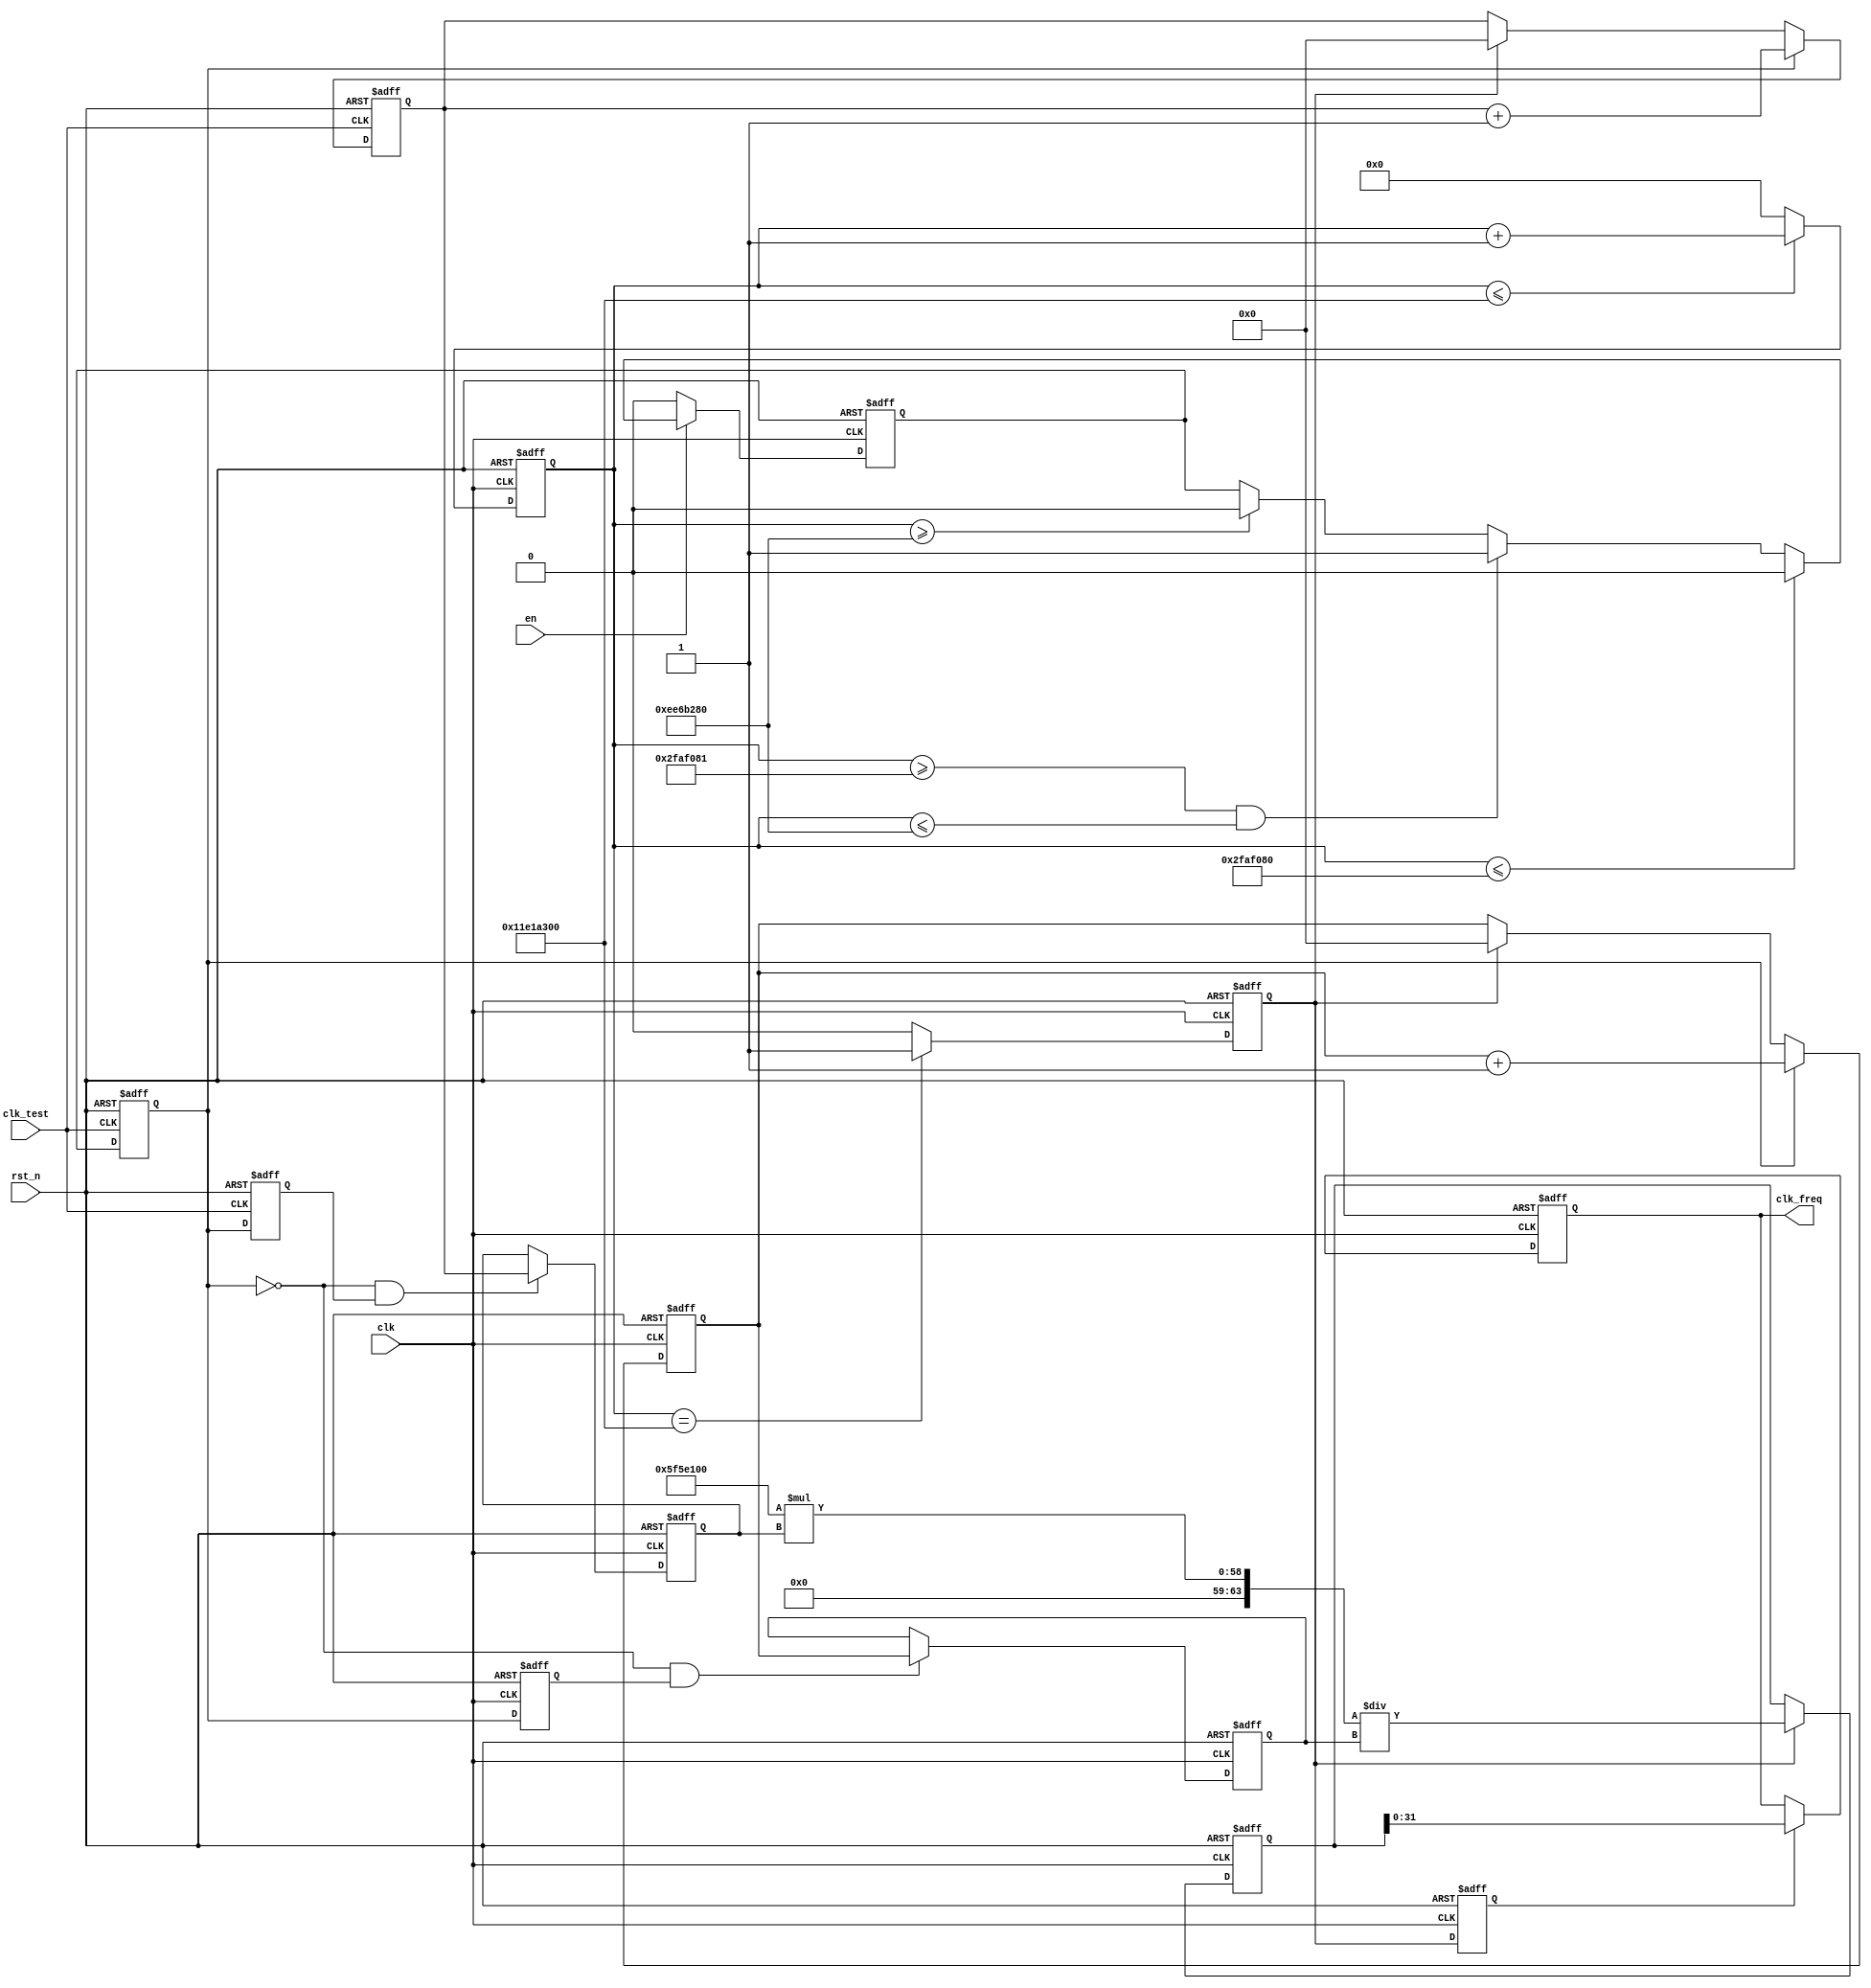
`timescale 1ns / 1ns

module freq_meter(
    input clk,              //200MHz~5ns
    input rst_n,
    input clk_test,
    input en,

    output reg [31:0] clk_freq
    );

    parameter CNT_025 = 29'd50_000_000;
    parameter CNT_1s  = 29'd250_000_000;
    parameter CNT_150 = 29'd300_000_000;

    parameter sys_clk_freq = 100_000_000;


    reg gate_s;                 //sys_clk;
    reg gate_a;                 //clk_test;
    reg [28:0] cnt_gate_s;      //29300_000_000

    reg [31:0] cnt_clk;         //clk
    reg [31:0] cnt_clk_test;    //clk_test

    reg gate_a_s;               //
    reg gate_a_t;               //
    wire negedge_s;             //
    wire negedge_t;             //

    reg [31:0] cnt_clk_reg;     //cnt_clkY
    reg [31:0] cnt_clk_test_reg;//cnt_clk_testX

    reg clac_flag;              //
    reg [63:0] freq_reg;        //

    reg freq_flag;
 

    //
    always @(posedge clk or negedge rst_n) begin
    if(!rst_n)
        cnt_gate_s <= 29'd0;
    else if(cnt_gate_s <= CNT_150)
        cnt_gate_s <= cnt_gate_s + 1'b1;
    else
        cnt_gate_s <= 29'd0;
        
    end
   
    //
    always @(posedge clk or negedge rst_n) begin
        if(!rst_n)
            gate_s <= 1'b0;
        else if (en == 1'b1) begin
            if(cnt_gate_s <=CNT_025)
                gate_s <= 1'b0;
            else if((cnt_gate_s >= CNT_025 + 1)&&(cnt_gate_s <= CNT_1s))
                gate_s <= 1'b1;
            else if(cnt_gate_s >= CNT_1s)
                gate_s <= 1'b0;
        end 
        else
            gate_s <= 1'b0;         
    end

    //
    always @(posedge clk_test or negedge rst_n) begin
    if(!rst_n)
        gate_a <= 1'b0;
    else
        gate_a <= gate_s;
    end

    //clkclk_test
    always @(posedge clk or negedge rst_n) begin
        if(!rst_n)
            cnt_clk <= 32'd0;
        else if(gate_a == 1'b1)
            cnt_clk <= cnt_clk +32'd1;
        else if(clac_flag == 1'b1)
            cnt_clk <= 32'd0;   
    end

    always @(posedge clk_test or negedge rst_n) begin
        if(!rst_n)
            cnt_clk_test <= 32'd0;
        else if(gate_a == 1'b1)
            cnt_clk_test <= cnt_clk_test + 32'd1;
        else if(clac_flag == 1'b1)
            cnt_clk_test <= 32'd0;
        else
            cnt_clk_test <= cnt_clk_test;
    end

    //
    always @(posedge clk or negedge rst_n) begin
        if(!rst_n)
            gate_a_s <= 1'b0;
        else
            gate_a_s <= gate_a;
    end
    assign negedge_s = (~gate_a)&&gate_a_s;

    //
    always @(posedge clk_test or negedge rst_n) begin
        if(!rst_n)
            gate_a_t <= 1'b0;
        else
            gate_a_t <= gate_a;
    end
    assign negedge_t = (~gate_a) && gate_a_t;

    //cnt_clkcnt_clk_regcnt_clk
    always @(posedge clk or negedge rst_n) begin
        if(!rst_n)begin

            cnt_clk_reg <= 32'd0;  
        end
        else if(negedge_s == 1)begin
            cnt_clk_reg <= cnt_clk; 

        end
         
    end

    //cnt_clk_testcnt_clk_test_regcnt_clk_test
    always @(posedge clk or negedge rst_n) begin
        if(!rst_n)begin
            cnt_clk_test_reg <= 32'd0;  
        end
        else if(negedge_t == 1)begin
            cnt_clk_test_reg <= cnt_clk_test; 
        end         
    end

    //clac_flag 
    always @(posedge clk or negedge rst_n) begin
        if(!rst_n)
            clac_flag <= 1'b0;
        else if(cnt_gate_s == CNT_150)
            clac_flag <= 1'b1;
        else 
            clac_flag <= 1'b0;
    end 

    always @(posedge clk or negedge rst_n) begin
        if(!rst_n)
            freq_reg <= 64'd0;
        else if(clac_flag == 1)begin
            freq_reg <= (sys_clk_freq*cnt_clk_test_reg/cnt_clk_reg);
        end    
        else
            freq_reg <= freq_reg;
    end  

    //
    always @(posedge clk or negedge rst_n) begin
        if(!rst_n)
            freq_flag <= 1'b0;
        else
            freq_flag <= clac_flag;
    end

    //
    always @(posedge clk or negedge rst_n) begin
        if(!rst_n)
            clk_freq <= 32'd0;
        else if(freq_flag == 1'b1)
            clk_freq <= freq_reg;
        else
            clk_freq <= clk_freq;
    end

endmodule